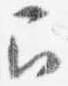
召